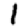
Digit: 1